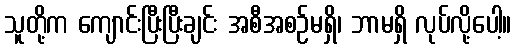
သူတို့က ကျောင်းပြီးပြီးချင်း အစီအစဉ်မရှိ၊ ဘာမရှိ လုပ်လို့ပေါ့။